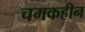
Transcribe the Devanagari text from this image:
चमकहीन